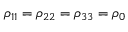
\rho _ { 1 1 } = \rho _ { 2 2 } = \rho _ { 3 3 } = \rho _ { 0 }